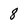
Character: 8